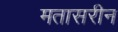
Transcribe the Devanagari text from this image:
मतासरीन